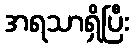
အရသာရှိပြီး